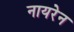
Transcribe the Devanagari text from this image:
नायरेन